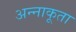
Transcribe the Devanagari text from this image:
अन्‍नाकूता